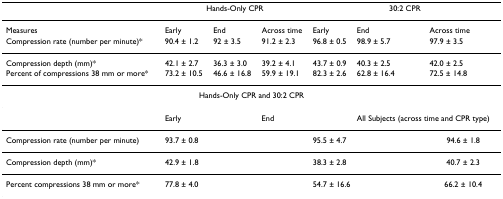
<table><thead><tr><td></td><td colspan="3"><b>Hands-Only CPR</b></td><td colspan="3"><b>30:2 CPR</b></td></tr></thead><tbody><tr><td>Measures</td><td>Early</td><td>End</td><td>Across time</td><td>Early</td><td>End</td><td>Across time</td></tr><tr><td>Compression rate (number per minute)*</td><td>90.4 ± 1.2</td><td>92 ± 3.5</td><td>91.2 ± 2.3</td><td>96.8 ± 0.5</td><td>98.9 ± 5.7</td><td>97.9 ± 3.5</td></tr><tr><td>Compression depth (mm)*</td><td>42.1 ± 2.7</td><td>36.3 ± 3.0</td><td>39.2 ± 4.1</td><td>43.7 ± 0.9</td><td>40.3 ± 2.5</td><td>42.0 ± 2.5</td></tr><tr><td>Percent of compressions 38 mm or more*</td><td>73.2 ± 10.5</td><td>46.6 ± 16.8</td><td>59.9 ± 19.1</td><td>82.3 ± 2.6</td><td>62.8 ± 16.4</td><td>72.5 ± 14.8</td></tr><tr><td colspan="7">Hands-Only CPR and 30:2 CPR</td></tr><tr><td></td><td colspan="2">Early</td><td colspan="2">End</td><td colspan="2">All Subjects (across time and CPR type)</td></tr><tr><td>Compression rate (number per minute)</td><td colspan="2">93.7 ± 0.8</td><td></td><td colspan="2">95.5 ± 4.7</td><td>94.6 ± 1.8</td></tr><tr><td>Compression depth (mm)*</td><td colspan="2">42.9 ± 1.8</td><td></td><td colspan="2">38.3 ± 2.8</td><td>40.7 ± 2.3</td></tr><tr><td>Percent compressions 38 mm or more*</td><td colspan="2">77.8 ± 4.0</td><td></td><td colspan="2">54.7 ± 16.6</td><td>66.2 ± 10.4</td></tr></tbody></table>